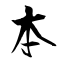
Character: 本